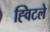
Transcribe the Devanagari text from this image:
ह्विटले